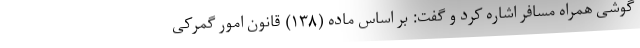
گوشی همراه مسافر اشاره کرد و گفت: بر اساس ماده (۱۳۸) قانون امور گمرکی